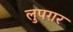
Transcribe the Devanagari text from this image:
लुपग़र